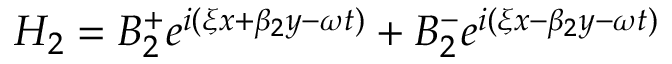
H _ { 2 } = B _ { 2 } ^ { + } e ^ { i ( \xi x + \beta _ { 2 } y - \omega t ) } + B _ { 2 } ^ { - } e ^ { i ( \xi x - \beta _ { 2 } y - \omega t ) }